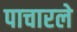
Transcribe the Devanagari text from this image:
पाचारले